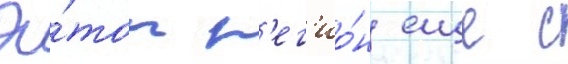
Э́тот р'ег'ио́н еще с